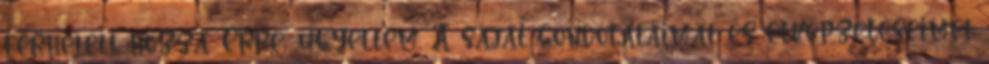
férhetett hozzá. Erre, ügyeltem. A saját gondolataimat és elképzeléseimet